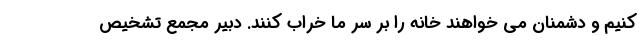
کنیم و دشمنان می خواهند خانه را بر سر ما خراب کنند. دبیر مجمع تشخیص